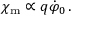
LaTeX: \chi _ { \mathrm { m } } \propto q \dot { \varphi } _ { 0 } \, .